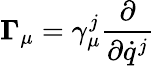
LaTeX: {\mathbf\Gamma}_{\mu}=\gamma_{\mu}^{j}{\frac{\partial}{\partial{\dot{q}}^{j}}}